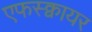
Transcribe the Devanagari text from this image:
एफस्क्वायर